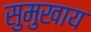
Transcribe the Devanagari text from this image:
सुमुखाय